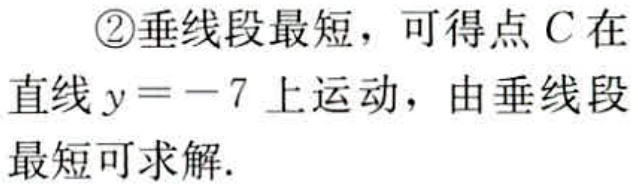
\textcircled{2}垂线段最短，可得点 \(C\) 在直线 \(y = - 7\) 上运动，由垂线段最短可求解.